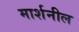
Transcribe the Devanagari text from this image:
मार्शनील